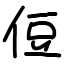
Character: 侸